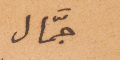
جمّال